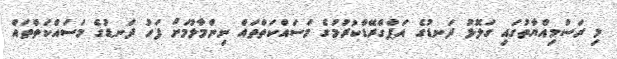
މި ރަސްމިއްޔާތުގައި ގަލޮޅު ދަނޑުގެ އަޕްގްރޭޑްކުރުމުގެ މަސައްކަތްތައް ނިންމާލުމަށް ފަހު ދަނޑުގެ މަސައްކަތްތައް